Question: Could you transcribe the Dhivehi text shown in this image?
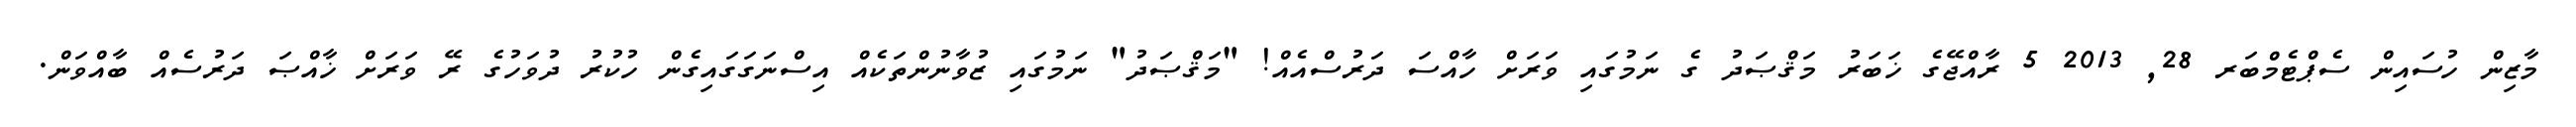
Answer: މާޒިން ހުސައިން ސެޕްޓެމްބަރ 28, 2013 5 ރާއްޖޭގެ ޚަބަރު މަޤްޞަދު ގެ ނަމުގައި ވަރަށް ހާއްސަ ދަރުސްއެއް! "މަޤްޞަދު" ނަމުގައި ޒުވާނުންތަކެއް އިސްނަގަގައިގެން ހުކުރު ދުވަހުގެ ރޭ ވަރަށް ޚާއްޞަ ދަރުސެއް ބާއްވަން.